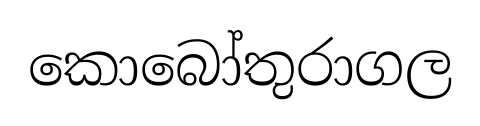
කොබෝතුරාගල